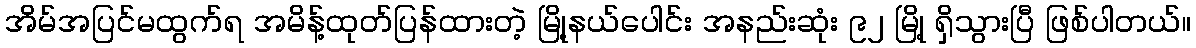
အိမ်အပြင်မထွက်ရ အမိန့်ထုတ်ပြန်ထားတဲ့ မြို့နယ်ပေါင်း အနည်းဆုံး ၉၂ မြို့ ရှိသွားပြီ ဖြစ်ပါတယ်။